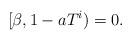
LaTeX: \begin{align*}[\beta,1-aT^i)=0.\end{align*}